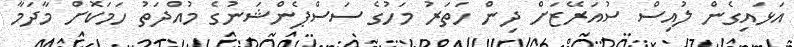
އަޅައިގެން ލުއިސް ސުއަރޭޒަށް ދިން ހަތަރު މަހުގެ ސަސްޕެންޝަނުގެ މުއްދަތު ހަމަކޮށް މާދަމާ